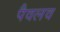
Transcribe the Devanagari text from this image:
पैवलव